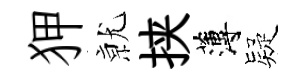
狎𭕒挟薄疑